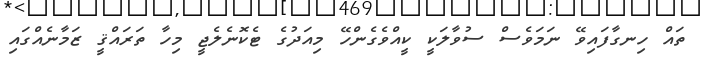
ތައް ހިނގާފައިވޭ ނަމަވެސް ސުވާލަކީ ކީއްވެގެންހޭ މިއަދުގެ ޓެކޮނެލެޖީ މިހާ ތަރައްޤީ ޒަމާނެއްގައި